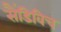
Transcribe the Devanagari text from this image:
सैंडिविच